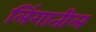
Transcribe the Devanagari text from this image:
लिंगातील